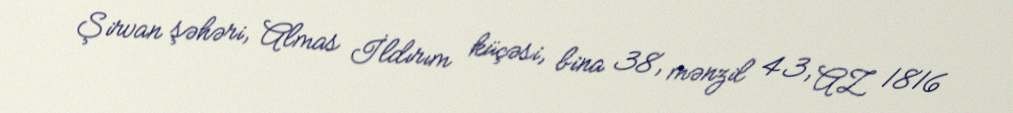
Şirvan şəhəri, Almas İldırım küçəsi, bina 38, mənzil 43, AZ 1816